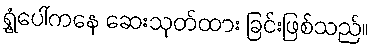
ရွှံ့ပေါ်ကနေ ဆေးသုတ်ထား ခြင်းဖြစ်သည်။